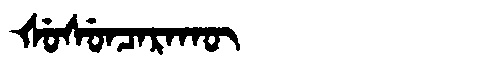
Manchu: ᡧᡠᠰᡠᠨᠴᠠᡵᠠᡴᡡ
Romanization: ŠUSUNCARAKŪ